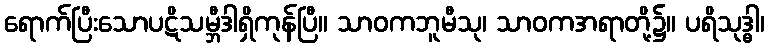
ရောက်ပြီးသောပဋိသမ္ဘီဒါရှိကုန်ပြီ။ သာဝကဘူမီသု၊ သာဝကအရာတို့၌။ ပရိသုဒ္ဓါ၊